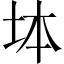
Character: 𡊖